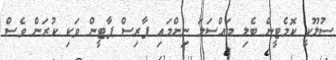
ސުލޫކީ ކޮމެޓީން ބެލި މައްސަލަ ނިންމައި ފާރިސް ޕާޓީން ވަކި ކުރަން ވެސް